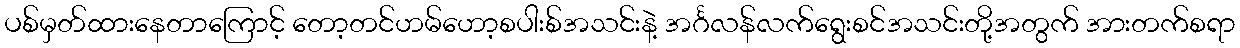
ပစ်မှတ်ထားနေတာကြောင့် တော့တင်ဟမ်ဟော့စပါးစ်အသင်းနဲ့ အင်္ဂလန်လက်ရွေးစင်အသင်းတို့အတွက် အားတက်စရာ